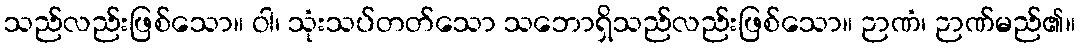
သည်လည်းဖြစ်သော။ ဝါ၊ သုံးသပ်တတ်သော သဘောရှိသည်လည်းဖြစ်သော။ ဉာဏံ၊ ဉာဏ်မည်၏။